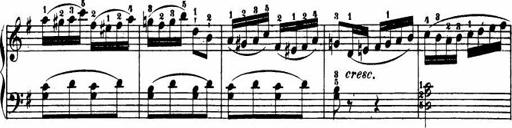
Title: Le bouquetier
Composer: Anton Diabelli
Key: G major
 C major
 F major
 C major